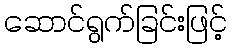
ဆောင်ရွက်ခြင်းဖြင့်